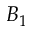
B _ { 1 }